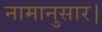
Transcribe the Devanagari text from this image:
नामानुसार।